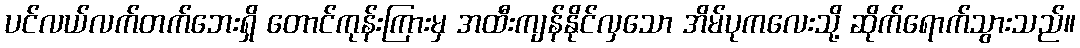
ပင်လယ်လက်တက်ဘေးရှိ တောင်ကုန်းကြားမှ အထီးကျန်နိုင်လှသော အိမ်ပုကလေးသို့ ဆိုက်ရောက်သွားသည်။